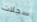
سجلات